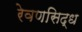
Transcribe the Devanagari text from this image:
रेवणसिद्ध